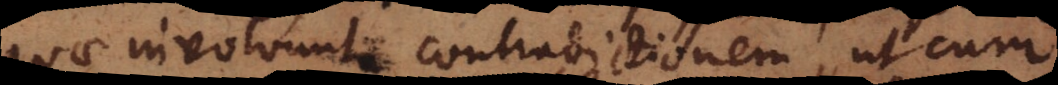
quae involvunt contradictionem, ut cum